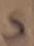
Text: S